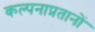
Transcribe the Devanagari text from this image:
कल्पनाप्रतानों